Lunatic asylums Punjab 1868-1880 - 1868-1880
Year: 1868
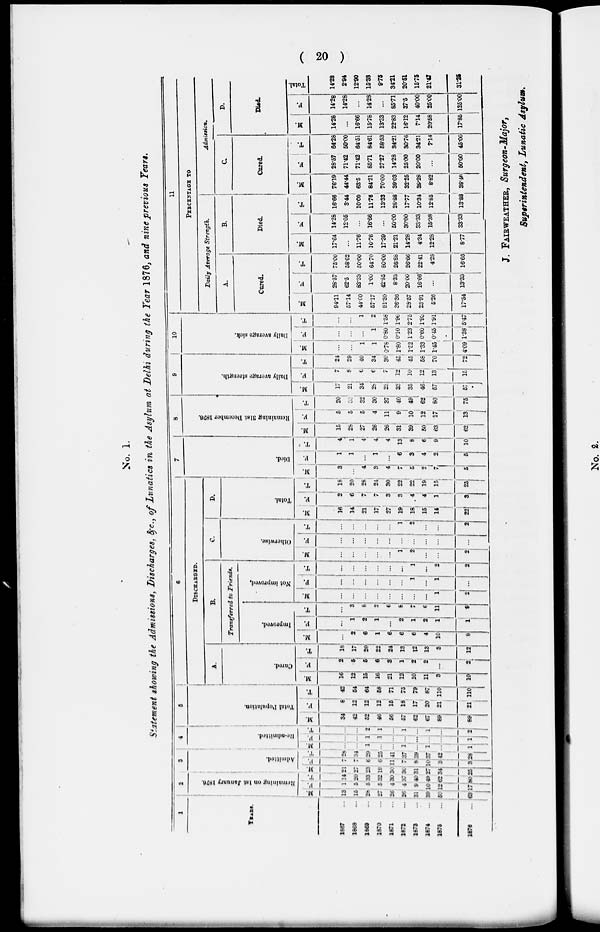
( 20
)
No. 1.
Statement showing the Admissions, Discharges, &c., of Lunatics in the Asylum at Delhi during the Year 1876, and nine previous Years.
1
YEARS.
1867 ...
1868 ...
1869 ...
1870 ...
1871 ...
1872 ...
1673 ...
1874 ...
1875 ...
1876 ...
2
Remaining on 1st January 1876.
M.
13
15
28
27
26
26
31
39
50
63
F.
1
5
5
5
4
4
9
10
12
17
T.
14
20
33
32
30
37
10
49
62
80
3
Admitted.
M.
121
27
23
19
30
30
31
27
34
25
F.
...
7
6
6
11
7
8
10
8
3
T.
28
34
29
25
41
37
39
37
42
28
4
Re-admitted.
M.
...
...
1
...
...
1
...
1
...
1
F.
...
...
1
1
...
...
..
...
...
1
T.
...
...
2
1
...
1
...
1
...
2
5
Total Population.
M.
34
42
52
46
56
57
62
67
89
89
F.
6
12
12
12
15
18
17
20
21
21
T.
42
54
64
56
71
75
79
87
110
110
6
DlSCHARGED.
A.
Curod.
M.
16
12
15
16
21
12
10
11
3
10
F.
2
5
5
1 1
1
2
2
...
2
T.
18
17
20
22
24
13
12
13
3
12
B.
Tranrferred to Friends.
Improved.
M.
...
2
6
1
6
6
6
4
10
6
F.
...
1
2
1
...
2
1
2
1
1
T.
...
3
6
2
6
1 1
6
11
9
Not Improved,
M.
...
1
...
...
...
...
...
1
2
F.
...
...
...
...
...
...
1
...
1
...
T.
...
...
...
...
...
...
1
...
2
2
C.
Otherwise.
M.
...
...
...
...
...
1
2
...
...
2
F.
...
...
...
...
...
...
...
...
...
...
T.
...
...
...
...
...
1
2
...
...
2
D.
Total.
M.
16
14
21
17
27
19
18
15
14
22
F.
2
6
7
7
3
3
4
4
1
3
T.
16
20
28
24
30
22
22
19
15
25
7
Died.
M.
3
...
4
3
4
7
5
2
1
5
F.
1
1
...
1
...
6
3
4
2
5
T.
...
1
4
4
4
13
8
6
9
10
8
Remaining
31st December 1876.
M.
15
28
27
26
26
31
39
50
63
62
F.
5
5
5
4
11
9
10
12
17
13
T.
20
33
32
30
37
40
49
62
80
75
9
Daily average strength.
M.
17
21
34
28
23
32
35
46
57
57
F.
7
8
6
6
7
12
10
12
13
15
T.
24
29
40
34
30
45
45
58
70
72
10
Daily average Sick.
M.
...
...
1
1
0.76
1.80
1.52
1.33
1.45
4.09
F.
...
...
...
1
0.80
0.10
1.23
0.60
0.45
1.38
T.
...
...
1
2
1.58
1.90
2.75
l.93
1.91
5.47
11
PERCENTAGE TO
Daily Average
Strength.
A.
Cured.
M.
84.11
57.14
44.00
57.17
91.30
36.36
28.57
23.91
5.56
17.54
F.
28.57
62.5
83.33
1.00
42.55
8.33
20.00
16.66
...
13.33
T.
75.00
58.62
50.00
64.70
80.00
28.88
26.66
22.41
4.28
16.66
B.
Died.
M.
17.64
...
11.76
1076
17.39
21.21
14.28
4.34
12.28
8.77
F.
14.28
12.05
16.66
...
50.00
30.00
33.33
15.38
33.33
T.
16.66
3.44
10.00
1176
13.33
28.88
17.77
10.34
12.85
13.88
Admission.
C.
Cured.
M.
76.19
44.44
62.5
84.21
70.00
39.03
32.25
39.28
8.82
38.46
F.
28.57
71.42
71.42
85.71
27.27
14.28
25.00
20.00
...
50.00
T.
64.28
50.00
64.51
84.61
58.53
34.21
30.76
34.21
7.14
45.00
D.
Died.
M.
14.26
...
16.66
15.76
13.33
22.83
16.12
7.14
20.58
17.85
F.
14.28
14.28
...
14.23
...
85.71
37.5
40.00
25.00
125.00
Total.
14.28
2.94
12.90
15.38
9.76
34.21
20.51
15.75
21.47
31.25
J. FAIRWEATHER, Surgeon-Major,
Superintendent, Lunatic Asylum,